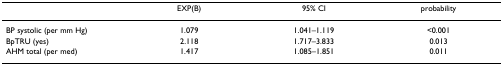
<table><thead><tr><td></td><td><b>EXP(B)</b></td><td><b>95% CI</b></td><td><b>probability</b></td></tr></thead><tbody><tr><td>BP systolic (per mm Hg)</td><td>1.079</td><td>1.041–1.119</td><td>&lt;0.001</td></tr><tr><td>BpTRU (yes)</td><td>2.118</td><td>1.717–3.833</td><td>0.013</td></tr><tr><td>AHM total (per med)</td><td>1.417</td><td>1.085–1.851</td><td>0.011</td></tr></tbody></table>